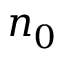
n _ { 0 }